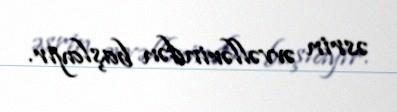
əsrin əvvəllərindən başlayır.